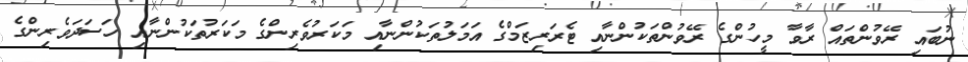
ނުބައި ރޭވުންތައް ރާވާ މީހުންގެ ރޭވުންތަކުންނާއި ޓެރަރިޒަމްގެ އަމަލުތަކުންނާއި މަކަރުވެރިންގެ މަކަރުތަކުންނާއި ހަސަދަވެރިންގެ